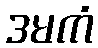
ဒမကံ